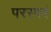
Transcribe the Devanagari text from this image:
परस्परं